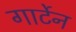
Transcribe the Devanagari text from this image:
गार्टेन